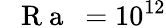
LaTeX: \mathrm{~\textit~{~R~a~}~}=10^{12}